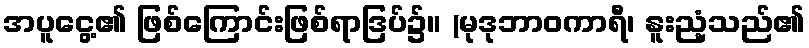
အပူငွေ့၏ ဖြစ်ကြောင်းဖြစ်ရာဒြပ်၌။ (မုဒုဘာဝကာရီ၊ နူးညံ့သည်၏